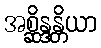
အစ္ဆိန္ဒန္တိယာ